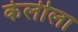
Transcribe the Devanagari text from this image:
केलीला